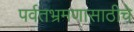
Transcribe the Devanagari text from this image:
पर्वतभ्रमणासाठीचे